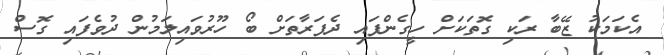
އެކަމަކު ޒޭބާ ރަކި ގޮތަކަށް ހީގެންފައި ދެފަރާތަށް ބޯ ހޫރުވައިލަމުން ދުވެފައި ގޮސް